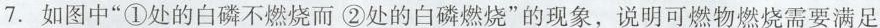
7. 如图中“①处的白磷不燃烧而②处的白磷燃烧”的现象，说明可燃物燃烧需要满足